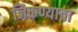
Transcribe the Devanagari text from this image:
जिकण्याचा